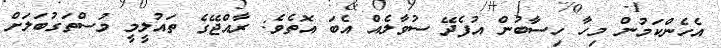
އެހެންކަމުން މިހާ ހިސާބުން އުފެދޭ ސުވާލެއް އެބަ އޮތެވެ: ރާއްޖޭގެ ތައުލީމީ މުސްތަގުބަލަށް